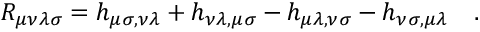
R _ { \mu \nu \lambda \sigma } = h _ { \mu \sigma , \nu \lambda } + h _ { \nu \lambda , \mu \sigma } - h _ { \mu \lambda , \nu \sigma } - h _ { \nu \sigma , \mu \lambda } \quad .